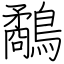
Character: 鷸